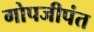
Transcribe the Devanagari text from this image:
गोपजीपंत